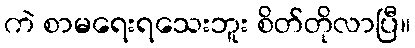
ကဲ စာမရေးရသေးဘူး စိတ်တိုလာပြီ။